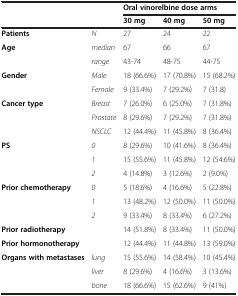
<table><thead><tr><td><b> </b></td><td><b> </b></td><td colspan="3"><b>Oral vinorelbine dose arms</b></td></tr><tr><td><b> </b></td><td><b> </b></td><td><b>30 mg</b></td><td><b>40 mg</b></td><td><b>50 mg</b></td></tr></thead><tbody><tr><td><b>Patients</b></td><td><i>N</i></td><td>27</td><td>24</td><td>22</td></tr><tr><td><b>Age</b></td><td><i>median</i></td><td>67</td><td>66</td><td>67</td></tr><tr><td> </td><td><i>range</i></td><td>43-74</td><td>48-75</td><td>44-75</td></tr><tr><td><b>Gender</b></td><td><i>Male</i></td><td>18 (66.6%)</td><td>17 (70.8%)</td><td>15 (68.2%)</td></tr><tr><td> </td><td><i>Female</i></td><td>9 (33.4%)</td><td>7 (29.2%)</td><td>7 (31.8)</td></tr><tr><td><b>Cancer type</b></td><td><i>Breast</i></td><td>7 (26.0%)</td><td>6 (25.0%)</td><td>7 (31.8%)</td></tr><tr><td> </td><td><i>Prostate</i></td><td>8 (29.6%)</td><td>7 (29.2%)</td><td>7 (31.8%)</td></tr><tr><td> </td><td><i>NSCLC</i></td><td>12 (44.4%)</td><td>11 (45.8%)</td><td>8 (36.4%)</td></tr><tr><td><b>PS</b></td><td><i>0</i></td><td>8 (29.6%)</td><td>10 (41.6%)</td><td>8 (36.4%)</td></tr><tr><td> </td><td><i>1</i></td><td>15 (55.6%)</td><td>11 (45.8%)</td><td>12 (54.6%)</td></tr><tr><td> </td><td><i>2</i></td><td>4 (14.8%)</td><td>3 (12.6%)</td><td>2 (9.0%)</td></tr><tr><td><b>Prior chemotherapy</b></td><td><i>0</i></td><td>5 (18.6%)</td><td>4 (16.6%)</td><td>5 (22.8%)</td></tr><tr><td> </td><td><i>1</i></td><td>13 (48.2%)</td><td>12 (50.0%)</td><td>11 (50.0%)</td></tr><tr><td> </td><td><i>2</i></td><td>9 (33.4%)</td><td>8 (33.4%)</td><td>6 (27.2%)</td></tr><tr><td><b>Prior radiotherapy</b></td><td> </td><td>14 (51.8%)</td><td>8 (33.4%)</td><td>11 (50.0%)</td></tr><tr><td><b>Prior hormonotherapy</b></td><td> </td><td>12 (44.4%)</td><td>11 (44.8%)</td><td>13 (59.0%)</td></tr><tr><td><b>Organs with metastases</b></td><td><i>lung</i></td><td>15 (55.6%)</td><td>14 (58.4%)</td><td>10 (45.4%)</td></tr><tr><td> </td><td><i>liver</i></td><td>8 (29.6%)</td><td>4 (16.6%)</td><td>3 (13.6%)</td></tr><tr><td> </td><td><i>bone</i></td><td>18 (66.6%)</td><td>15 (62.6%)</td><td>9 (41%)</td></tr></tbody></table>